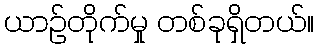
ယာဉ်တိုက်မှု တစ်ခုရှိတယ်။